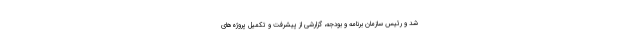
شد و رئیس سازمان برنامه و بودجه، گزارشی از پیشرفت و تکمیل پروژه‌های